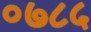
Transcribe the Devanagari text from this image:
०७८५